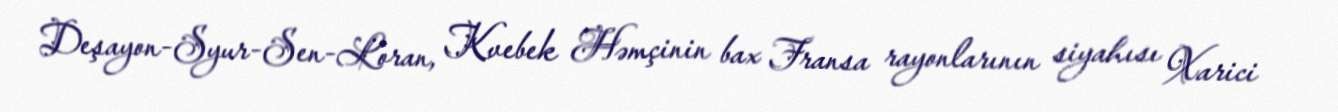
Deşayon-Syur-Sen-Loran, Kvebek Həmçinin bax Fransa rayonlarının siyahısı Xarici